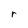
Character: r